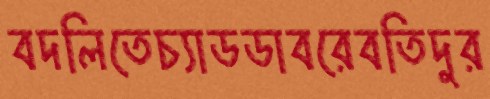
বদলিতেচ্যাডডাবরেবতিদুর